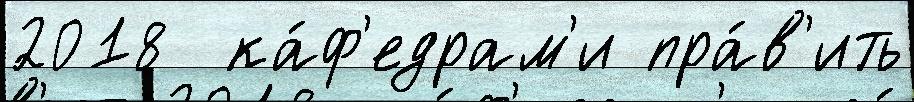
2018  ка́ф'едрам'и пра́в'ить